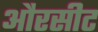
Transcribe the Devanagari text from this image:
औरसीट